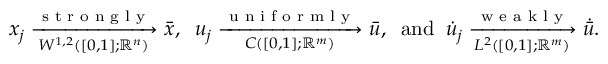
x _ { j } \xrightarrow [ { W ^ { 1 , 2 } ( [ 0 , 1 ] ; \mathbb { R } ^ { n } ) } ] { \textnormal { s t r o n g l y } } \bar { x } , \; \; { u } _ { j } \xrightarrow [ { C ( [ 0 , 1 ] ; \mathbb { R } ^ { m } ) } ] { \textnormal { u n i f o r m l y } } { \bar { u } } , \; \; \mathrm { a n d } \; \; \dot { u } _ { j } \xrightarrow [ { L ^ { 2 } ( [ 0 , 1 ] ; \mathbb { R } ^ { m } ) } ] { \textnormal { w e a k l y } } \dot { \bar { u } } .